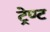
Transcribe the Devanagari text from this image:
ट्रेण्ट